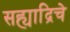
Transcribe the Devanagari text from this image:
सह्याद्रिचे